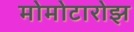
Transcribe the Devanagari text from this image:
मोमोटारोझ